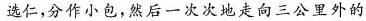
选仁，分作小包，然后一次次地走向三公里外的